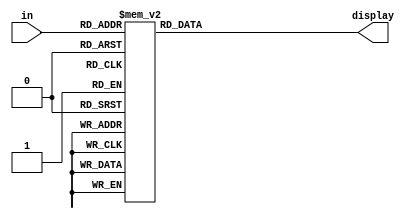
module seg7(
		
	input [3:0] in,
	
	output reg [6:0] display
);

always @(in)
begin
	case(in)
		0:
			display = 7'h40;
		1:
			display = 7'h79;
		2:
			display = 7'h24;
		3:
			display = 7'h30;
		4:
			display = 7'h19;
		5:
			display = 7'h12;
		6:
			display = 7'h02;
		7:
			display = 7'h78;
		8:
			display = 7'h00;	
		9:
			display = 7'h18;
		default:
			display = 7'hFF;
	endcase
end
endmodule